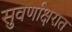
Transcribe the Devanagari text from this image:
सुवर्णाक्षरात